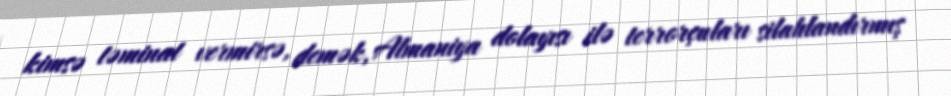
kimsə təminat vermirsə, demək, Almaniya dolayısı ilə terrorçuları silahlandırmış